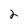
Character: 2